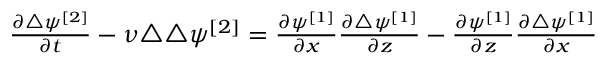
\begin{array} { r } { \frac { \partial \triangle \psi ^ { [ 2 ] } } { \partial t } - \nu \triangle \triangle \psi ^ { [ 2 ] } = \frac { \partial \psi ^ { [ 1 ] } } { \partial x } \frac { \partial \triangle \psi ^ { [ 1 ] } } { \partial z } - \frac { \partial \psi ^ { [ 1 ] } } { \partial z } \frac { \partial \triangle \psi ^ { [ 1 ] } } { \partial x } } \end{array}